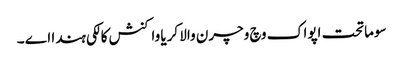
سوماتحت اپواک وچ وچرن والا کریا واکنش کالکی ہندا اے ۔